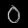
Digit: ၀